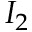
I _ { 2 }